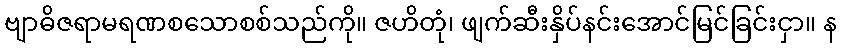
ဗျာဓိဇရာမရဏစသောစစ်သည်ကို။ ဇဟိတုံ၊ ဖျက်ဆီးနှိပ်နင်းအောင်မြင်ခြင်းငှာ။ န